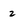
Character: 2